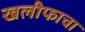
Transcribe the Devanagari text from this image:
खलीफाचा